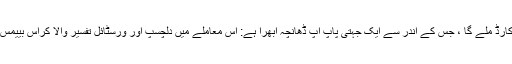
آپ کو ایک خصوصی کارڈ ملے گا ، جس کے اندر سے ایک جہتی پاپ اپ ڈھانچہ ابھرا ہے: اس معاملے میں دلچسپ اور ورسٹائل تفسیر والا کراس بییمس اور ایک کمل کا پھول۔